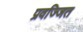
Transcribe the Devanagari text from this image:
प्रवज्जित